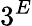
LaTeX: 3^{E}